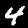
Digit: 4